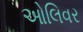
ઓલિવર